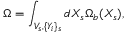
\Omega = \int _ { V _ { s } , \{ Y _ { i } \} _ { s } } d X _ { s } \Omega _ { b } ( X _ { s } ) ,